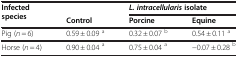
| Infected species |  | <COLSPAN=2> L. intracellularis isolate |
 |  | Control | Porcine | Equine |
 | --- | --- | --- | --- |
 | Pig (n = 6) | 0.59 ± 0.09 a | 0.32 ± 0.07 b | 0.54 ± 0.11 a |
 | Horse (n = 4) | 0.90 ± 0.04 a | 0.75 ± 0.04 a | −0.07 ± 0.28 b |